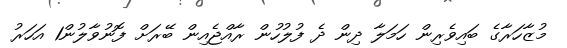
މުޒާހަރާގެ ބައިވެރިން ހަމަލާ ދިން ދެ ފުލުހުން ރާއްޖެއިން ބޭރަށް ފޮނުވާލުން1 އަހަރު